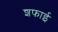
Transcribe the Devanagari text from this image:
शफाई